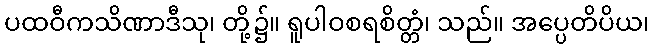
ပထဝီကသိဏာဒီသု၊ တို့၌။ ရူပါဝစရစိတ္တံ၊ သည်။ အပ္ပေတိပိယ၊